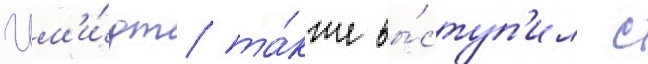
Шм'и́дт та́кже вы́ступ'ил с